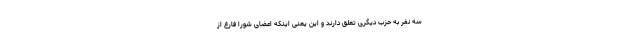
سه نفر به حزب دیگری تعلق دارند و این یعنی اینکه اعضای شورا فارغ از